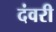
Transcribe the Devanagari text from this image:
दंवरी